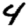
Digit: 4